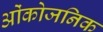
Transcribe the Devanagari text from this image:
ओंकोजनिक